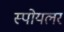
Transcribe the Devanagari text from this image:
स्पोयलर